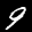
Label: 9